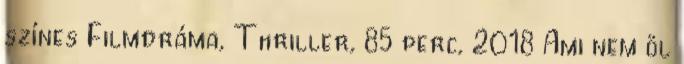
színes Filmdráma, Thriller, 85 perc, 2018 Ami nem öl